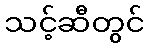
သင့်ဆီတွင်